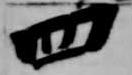
四